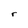
Character: r